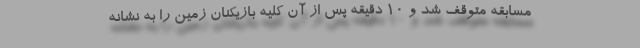
مسابقه متوقف شد و 10 دقیقه پس از آن کلیه بازیکنان زمین را به نشانه